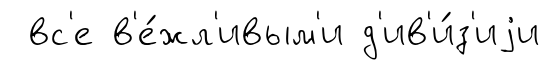
вс'е в'е́жл'ивым'и д'ив'и́з'иjи